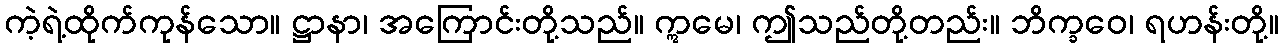
ကဲ့ရဲ့ထိုက်ကုန်သော။ ဋ္ဌာနာ၊ အကြောင်းတို့သည်။ ဣမေ၊ ဤသည်တို့တည်း။ ဘိက္ခဝေ၊ ရဟန်းတို့။